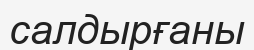
салдырғаны